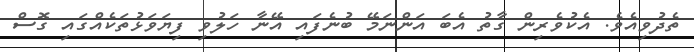
ތެދުވިއެވެ. އެކުވެރިން ގާތު އެބަ އަންނަމޭ ބުނެފައި އޭނާ ހަލުވި ފިޔަވަޅުތަކެއްގައި ގޮސް